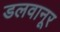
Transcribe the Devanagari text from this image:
डलवानूर